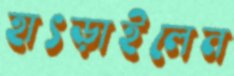
হাৎড়াইলেন